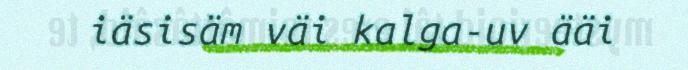
iäsisäm väi kalga-uv ääi